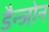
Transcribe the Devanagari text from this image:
डैन्जोन